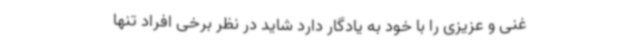
غنی‌ و عزیزی را با خود به یادگار دارد شاید در نظر برخی افراد تنها